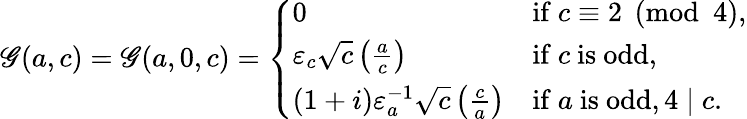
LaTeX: \mathscr{G}(a,c)=\mathscr{G}(a,0,c)={\left\{ \begin{array}{ll}{0}&{{\mathrm{if}}\ c\equiv 2{\pmod{4}},}\\ {\varepsilon_{c}{\sqrt{c}}\left({\frac{a}{c}}\right)}&{{\mathrm{if}}\ c\ {\mathrm{is~odd}},}\\ {(1+i)\varepsilon_{a}^{-1}{\sqrt{c}}\left({\frac{c}{a}}\right)}&{{\mathrm{if}}\ a\ {\mathrm{is~odd}},4\mid c.}\end{array}\right.}